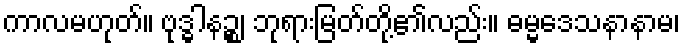
ကာလမဟုတ်။ ဗုဒ္ဓါနဉ္စ၊ ဘုရားမြတ်တို့၏လည်း။ ဓမ္မဒေသနာနာမ၊